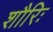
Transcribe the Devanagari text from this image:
शौरिः